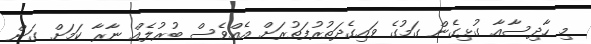
މި ހާދިސާއާ ގުޅިގެން ގަމުގެ ވައިގެދަތުރުފަތުރަށް އެއްވެސް ބުރުލެއް ނާރާ ކަމަށް ގަން